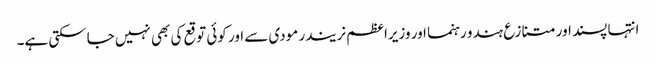
انتہا پسند اور متنازع ہندو رہنما اور وزیراعظم نریندر مودی سے اور کوئی توقع کی بھی نہیں جاسکتی ہے۔